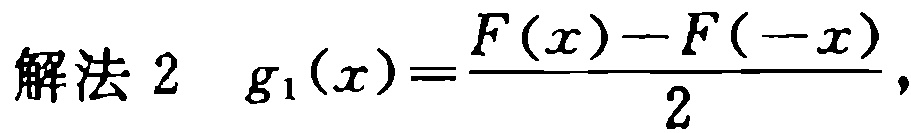
解法 2 \(g_1(x)=\frac{F(x)-F(-x)}{2}\)